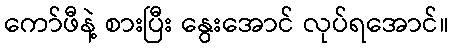
ကော်ဖီနဲ့ စားပြီး နွေးအောင် လုပ်ရအောင်။